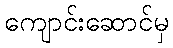
ကျောင်းဆောင်မှ